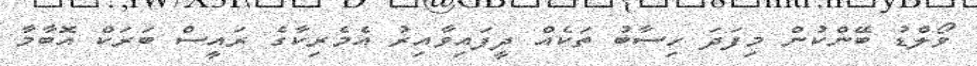
ވޯލްޑު ބޭންކުން މިފަދަ ހިސާބު ތަކެއް ދީފައިވާއިރު އެމެރިކާގެ ރައީސް ބަރަކް އޮބާމާ